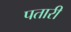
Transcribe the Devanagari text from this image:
पतारी